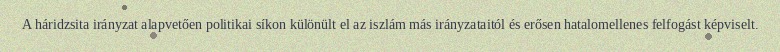
A háridzsita irányzat alapvetően politikai síkon különült el az iszlám más irányzataitól és erősen hatalomellenes felfogást képviselt.